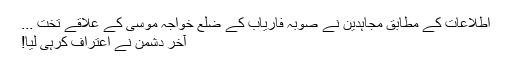
اطلاعات کے مطابق مجاہدین نے صوبہ فاریاب کے ضلع خواجہ موسیٰ کے علاقے تخت ...
آخر دشمن نے اعتراف کرہی لیا!